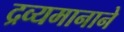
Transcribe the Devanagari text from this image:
द्रव्यमानाने